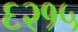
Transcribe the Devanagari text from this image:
६२१५